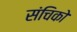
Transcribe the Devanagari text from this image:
संचिको